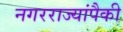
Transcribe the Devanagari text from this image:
नगरराज्यांपैकी